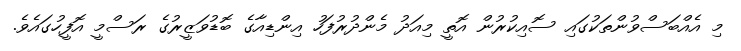
މި އެއްބަސްވުންތަކުގައި ސޮއިކުރުން އޮތީ މިއަދު މެންދުރުފަހު އިންޑިއާގެ ބޮޑުވަޒީރުގެ ރަސްމީ އޮފީހުގައެވެ.